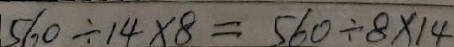
5 6 0 \div 1 4 \times 8 = 5 6 0 \div 8 \times 1 4